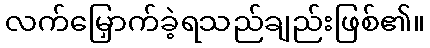
လက်မြှောက်ခဲ့ရသည်ချည်းဖြစ်၏။